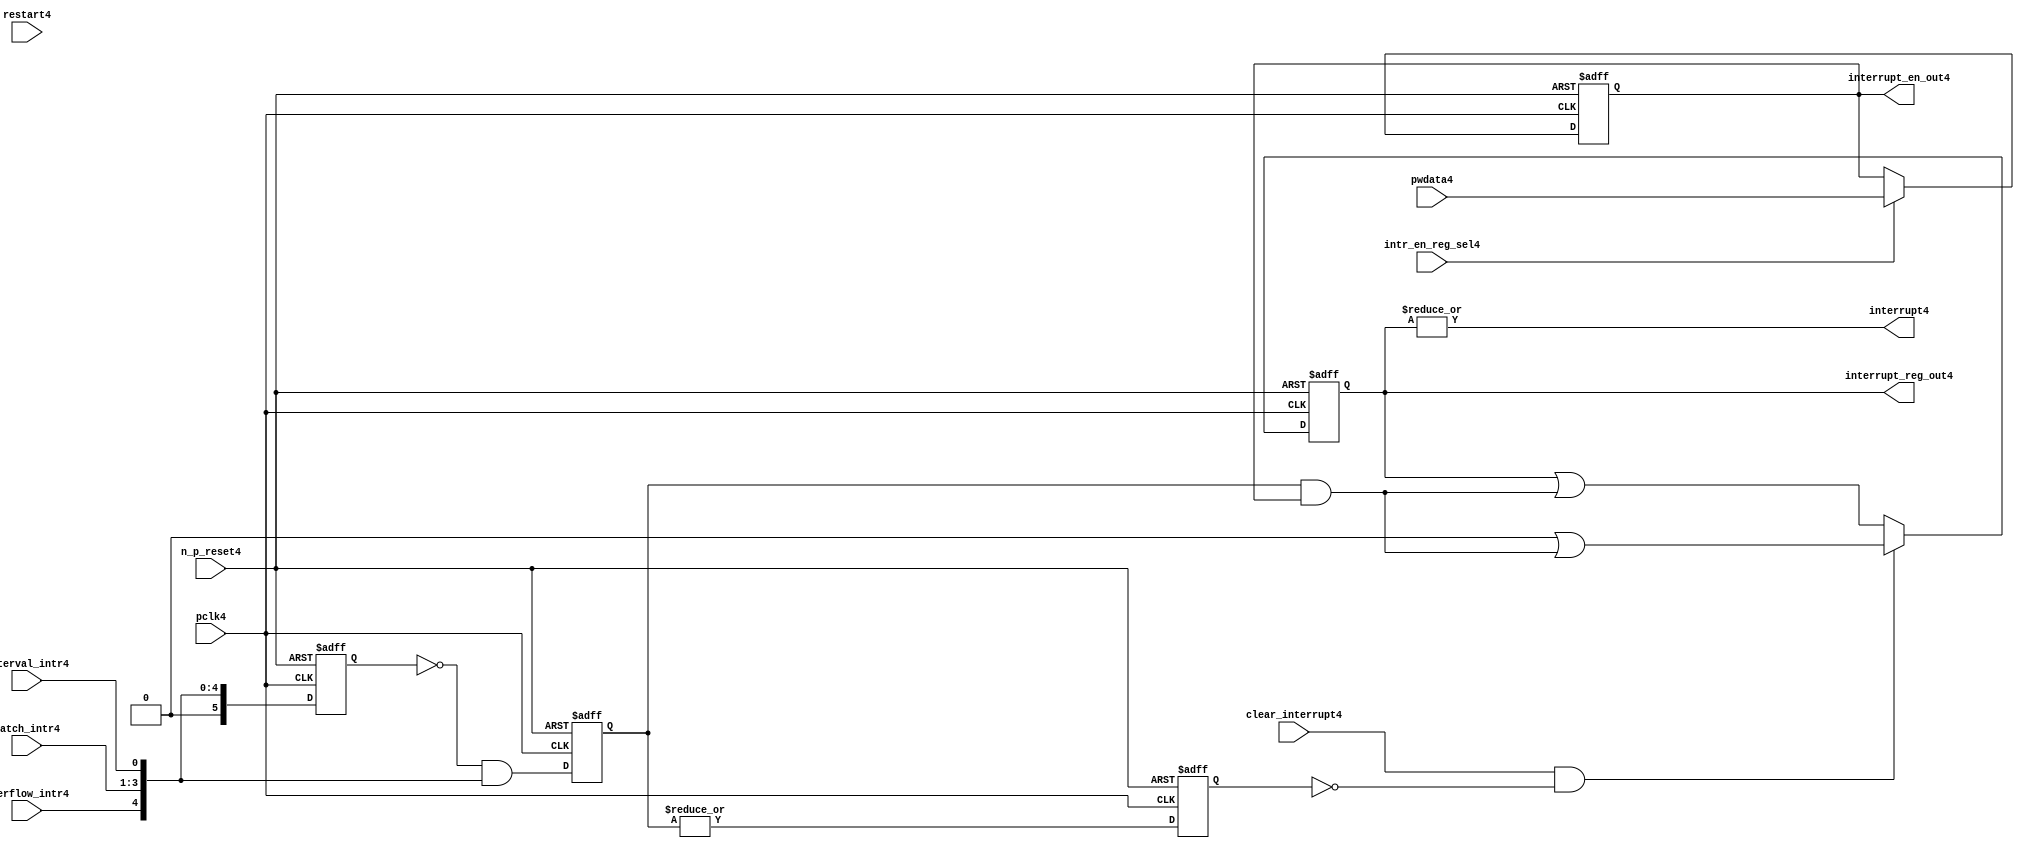
//File4 name   : ttc_interrupt_lite4.v
//Title4       : 
//Created4     : 1999
//Description4 : Interrupts4 from the counter modules4 are registered
//              and if enabled cause the output interrupt4 to go4 high4.
//              Also4 the match14 interrupts4 are monitored4 to generate output 
//Notes4       : 
//----------------------------------------------------------------------
//   Copyright4 1999-2010 Cadence4 Design4 Systems4, Inc4.
//   All Rights4 Reserved4 Worldwide4
//
//   Licensed4 under the Apache4 License4, Version4 2.0 (the
//   "License4"); you may not use this file except4 in
//   compliance4 with the License4.  You may obtain4 a copy of
//   the License4 at
//
//       http4://www4.apache4.org4/licenses4/LICENSE4-2.0
//
//   Unless4 required4 by applicable4 law4 or agreed4 to in
//   writing, software4 distributed4 under the License4 is
//   distributed4 on an "AS4 IS4" BASIS4, WITHOUT4 WARRANTIES4 OR4
//   CONDITIONS4 OF4 ANY4 KIND4, either4 express4 or implied4.  See
//   the License4 for the specific4 language4 governing4
//   permissions4 and limitations4 under the License4.
//----------------------------------------------------------------------
 


//-----------------------------------------------------------------------------
// Module4 definition4
//-----------------------------------------------------------------------------

module ttc_interrupt_lite4(

  //inputs4
  n_p_reset4,                             
  pwdata4,                             
  pclk4,
  intr_en_reg_sel4, 
  clear_interrupt4,                   
  interval_intr4,
  match_intr4,
  overflow_intr4,
  restart4,

  //outputs4
  interrupt4,
  interrupt_reg_out4,
  interrupt_en_out4
  
);


//-----------------------------------------------------------------------------
// PORT DECLARATIONS4
//-----------------------------------------------------------------------------

   //inputs4
   input         n_p_reset4;            //reset signal4
   input [5:0]   pwdata4;               //6 Bit4 Data signal4
   input         pclk4;                 //System4 clock4
   input         intr_en_reg_sel4;      //Interrupt4 Enable4 Reg4 Select4 signal4
   input         clear_interrupt4;      //Clear Interrupt4 Register signal4
   input         interval_intr4;        //Timer_Counter4 Interval4 Interrupt4
   input [3:1]   match_intr4;           //Timer_Counter4 Match4 1 Interrupt4 
   input         overflow_intr4;        //Timer_Counter4 Overflow4 Interrupt4 
   input         restart4;              //Counter4 restart4

   //Outputs4
   output        interrupt4;            //Interrupt4 Signal4 
   output [5:0]  interrupt_reg_out4;    //6 Bit4 Interrupt4 Register
   output [5:0]  interrupt_en_out4; //6 Bit4 Interrupt4 Enable4 Register


//-----------------------------------------------------------------------------
// Internal Signals4 & Registers4
//-----------------------------------------------------------------------------

   wire [5:0]   intr_detect4;          //Interrupts4 from the Timer_Counter4
   reg [5:0]    int_sync_reg4;         //6-bit 1st cycle sync register
   reg [5:0]    int_cycle_reg4;        //6-bit register ensuring4 each interrupt4 
                                      //only read once4
   reg [5:0]    interrupt_reg4;        //6-bit interrupt4 register        
   reg [5:0]    interrupt_en_reg4; //6-bit interrupt4 enable register
   

   reg          interrupt_set4;        //Prevents4 unread4 interrupt4 being cleared4
   
   wire         interrupt4;            //Interrupt4 output
   wire [5:0]   interrupt_reg_out4;    //Interrupt4 register output
   wire [5:0]   interrupt_en_out4; //Interrupt4 enable output


   assign interrupt4              = |(interrupt_reg4);
   assign interrupt_reg_out4      = interrupt_reg4;
   assign interrupt_en_out4       = interrupt_en_reg4;
   
   assign intr_detect4 = {1'b0,
                         overflow_intr4,  
                         match_intr4[3],  
                         match_intr4[2], 
                         match_intr4[1], 
                         interval_intr4};

   

// Setting interrupt4 registers
   
   always @ (posedge pclk4 or negedge n_p_reset4)
   begin: p_intr_reg_ctrl4
      
      if (!n_p_reset4)
      begin
         int_sync_reg4         <= 6'b000000;
         interrupt_reg4        <= 6'b000000;
         int_cycle_reg4        <= 6'b000000;
         interrupt_set4        <= 1'b0;
      end
      else 
      begin

         int_sync_reg4    <= intr_detect4;
         int_cycle_reg4   <= ~int_sync_reg4 & intr_detect4;

         interrupt_set4   <= |int_cycle_reg4;
          
         if (clear_interrupt4 & ~interrupt_set4)
            interrupt_reg4 <= (6'b000000 | (int_cycle_reg4 & interrupt_en_reg4));
         else 
            interrupt_reg4 <= (interrupt_reg4 | (int_cycle_reg4 & 
                                               interrupt_en_reg4));
      end 
      
   end  //p_intr_reg_ctrl4


// Setting interrupt4 enable register
   
   always @ (posedge pclk4 or negedge n_p_reset4)
   begin: p_intr_en_reg4
      
      if (!n_p_reset4)
      begin
         interrupt_en_reg4 <= 6'b000000;
      end
      else 
      begin

         if (intr_en_reg_sel4)
            interrupt_en_reg4 <= pwdata4[5:0];
         else
            interrupt_en_reg4 <= interrupt_en_reg4;

      end 
      
   end  
           


endmodule